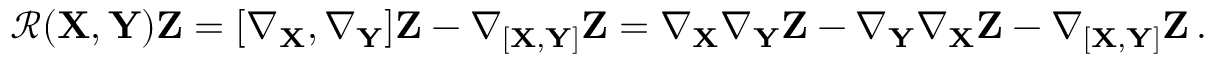
\boldsymbol { \mathcal { R } } ( \mathbf { X } , \mathbf { Y } ) \mathbf { Z } = [ \nabla _ { \mathbf { X } } , \nabla _ { \mathbf { Y } } ] \mathbf { Z } - \nabla _ { [ \mathbf { X } , \mathbf { Y } ] } \mathbf { Z } = \nabla _ { \mathbf { X } } \nabla _ { \mathbf { Y } } \mathbf { Z } - \nabla _ { \mathbf { Y } } \nabla _ { \mathbf { X } } \mathbf { Z } - \nabla _ { [ \mathbf { X } , \mathbf { Y } ] } \mathbf { Z } \, .